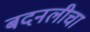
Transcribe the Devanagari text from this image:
बदनलीचा